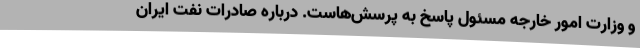
و وزارت امور خارجه مسئول پاسخ به پرسش‌هاست. درباره صادرات نفت ایران